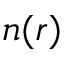
n ( r )